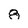
Character: 8